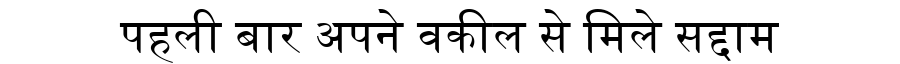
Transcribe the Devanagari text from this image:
पहली बार अपने वकील से मिले सद्दाम